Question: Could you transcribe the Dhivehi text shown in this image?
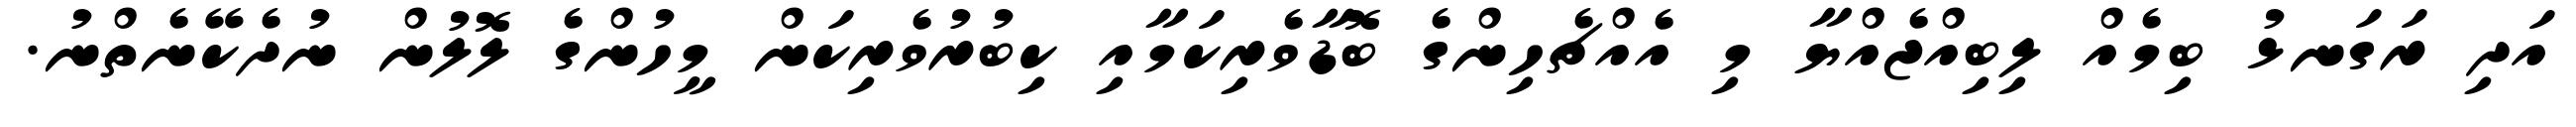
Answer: އަދި ރަގަނޅު ބިމެއް ލިބިއްޖެއްޔާ މި އެއްޗެހިންގެ ބޮޑާވެރިކަމާއި ކިބުރުވެރިކަން މީހުންގެ ލޮލުން ނުދެކޭނެތްނު.